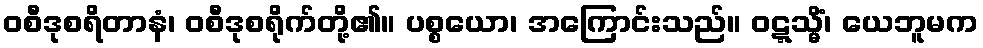
ဝစီဒုစရိတာနံ၊ ဝစီဒုစရိုက်တို့၏။ ပစ္စယော၊ အကြောင်းသည်။ ဝဋ္ဋသ္မိံ၊ ယေဘူမက